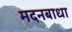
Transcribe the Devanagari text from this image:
मदनबाधा